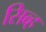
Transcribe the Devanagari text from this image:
सिब्ह